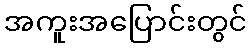
အကူးအပြောင်းတွင်